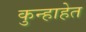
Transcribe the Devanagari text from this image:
कुन्हाहेत